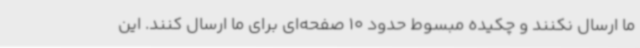
ما ارسال نکنند و چکیده مبسوط حدود 10 صفحه‌ای برای ما ارسال کنند. این